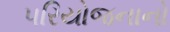
પરિયોજનાનો